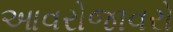
આવરોજાવરો